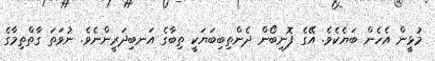
މުޅީން އެހެން ބަޔެކެވެ. އޭގެ ފޮނިބޯން ދެންތިބިބަޔަކީ ތިބާގެ އަނބިދަރީންނެވެ. ނުވަތަ ގާތްތިމާގެ